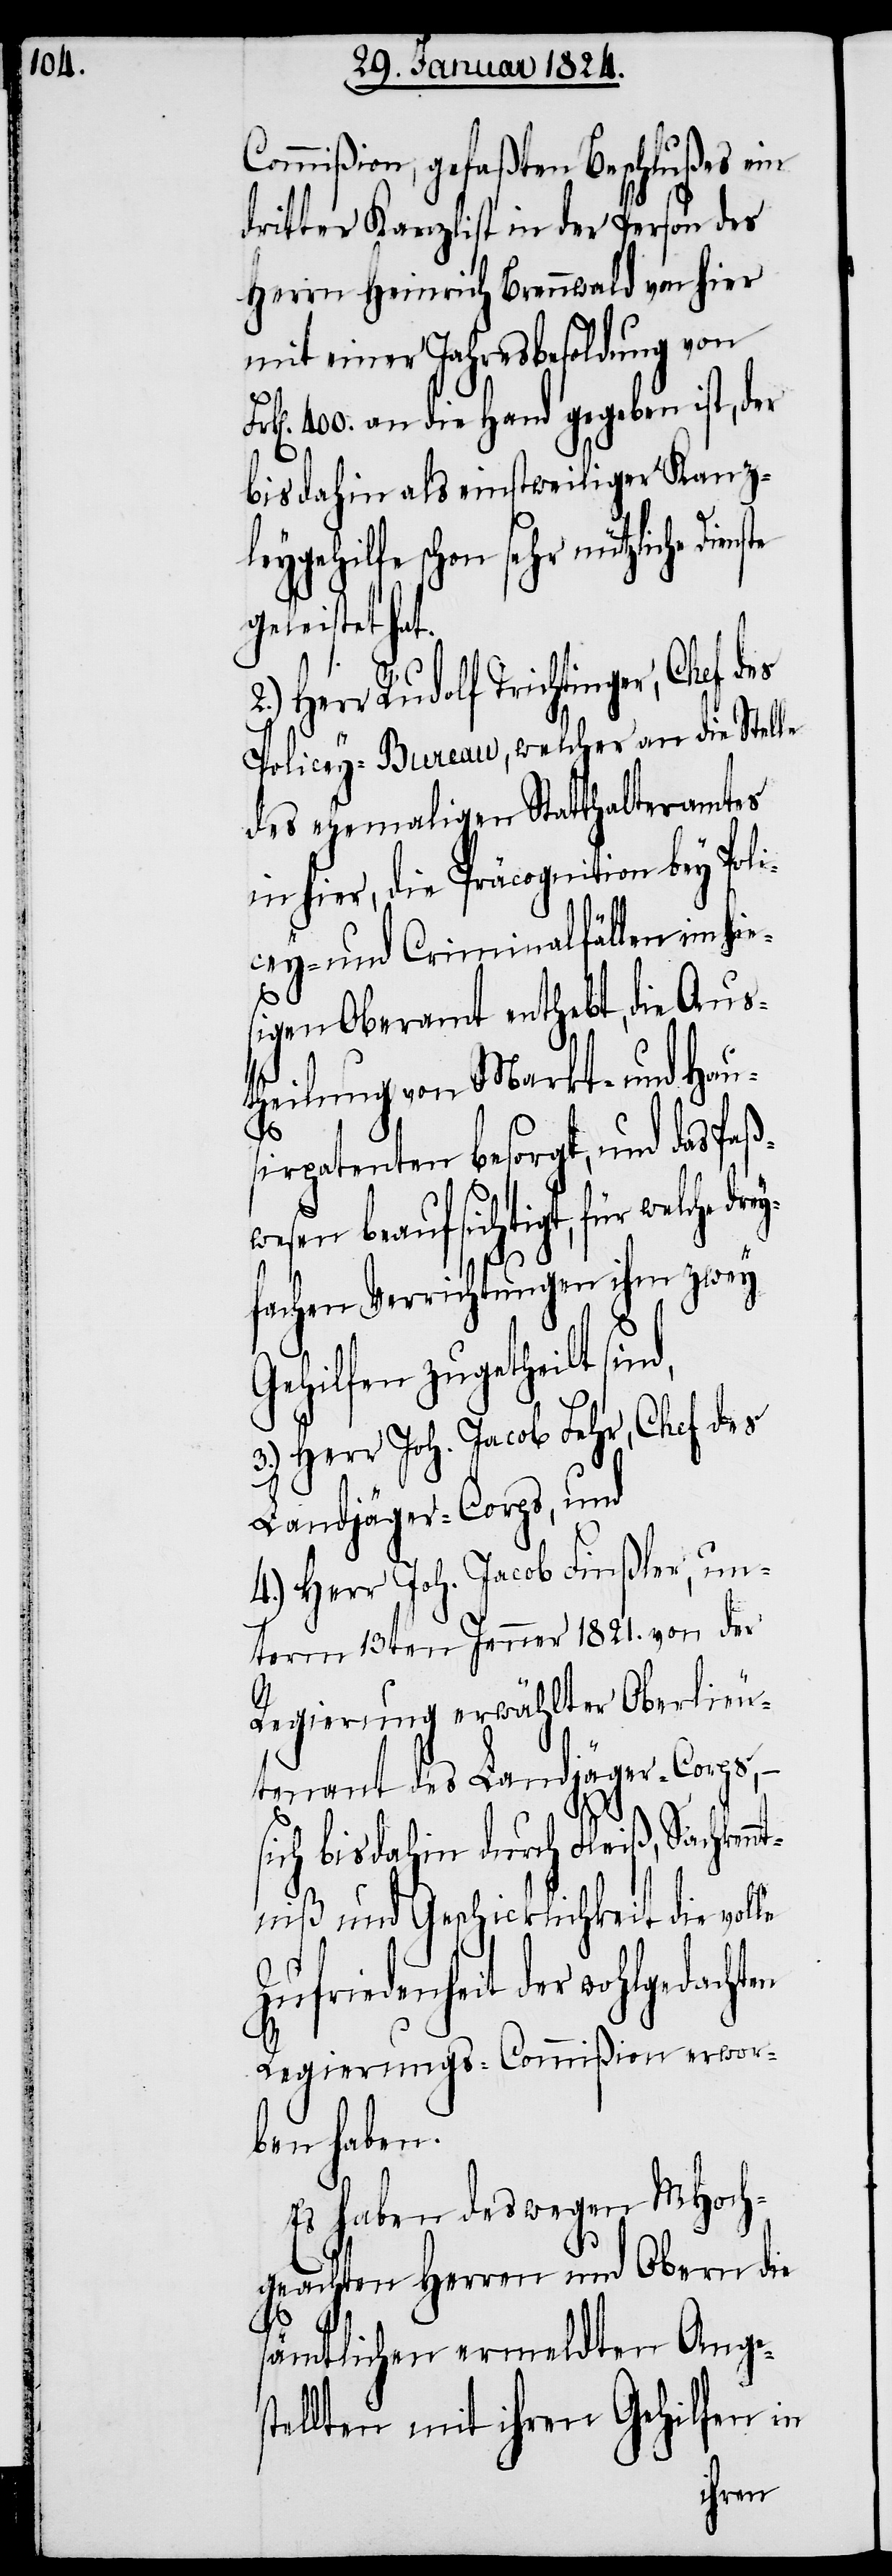
Commißion, gefaßten Beschlußes ein
dritter Kanzlist in der Person des
Herrn Heinrich Brennwald von hier
mit einer Jahresbesoldung von
400. an die Hand gegeben ist, der
bis dahin als einstweiliger Kanz¬
leygehilfe schon sehr nützliche
geleistet hat.
Herr Rudolf Trichtinger, Chef des
Policey-Bureau, welcher an die Stelle
des ehemaligen Statthalteramtes
in hier, die Präcognition bey Pol¬
icey- und Criminalfällen im hie¬
sigen Oberamt enthebt, die Aus¬
theilung von Markt- und Hau¬
sirpatenten besorgt, und das Paß¬
wesen beaufsichtigt, für welche
fachen Verrichtungen ihm zwey
Gehilfen zugetheilt
Herr Joh. Jacob Fehr, Chef des
Landjäger-Corps, und
4.) Herr Joh. Jacob Finßler, un¬
term 13ten Jenner 1821. von der
Regierung erwählter Oberlieu¬
tenant des Landjäger-Corps,
sich bisdahin durch Fleiß, Sachken¬
ntniß und Geschicklichkeit die volle
Zufriedenheit der wohlgedachten
Regierungs-Commißion erwor¬
ben haben.
Es haben deswegen MHoch¬
geachten Herren und Obern die
sämtlichen ermeldten Anges¬
tellten mit ihren Gehilfen in
drey¬